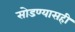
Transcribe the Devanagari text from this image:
सोडण्यासही